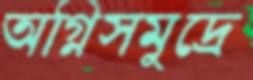
অগ্নিসমুদ্রে